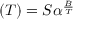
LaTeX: \operatorname { \rho } ( T ) = S \alpha ^ { \frac { B } { T } }